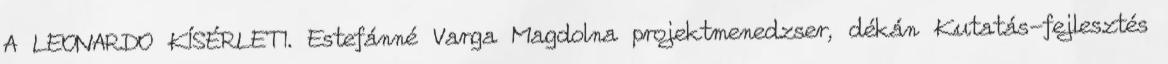
A LEONARDO KÍSÉRLETI. Estefánné Varga Magdolna projektmenedzser, dékán Kutatás-fejlesztés